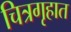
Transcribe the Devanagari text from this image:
चित्रगृहात